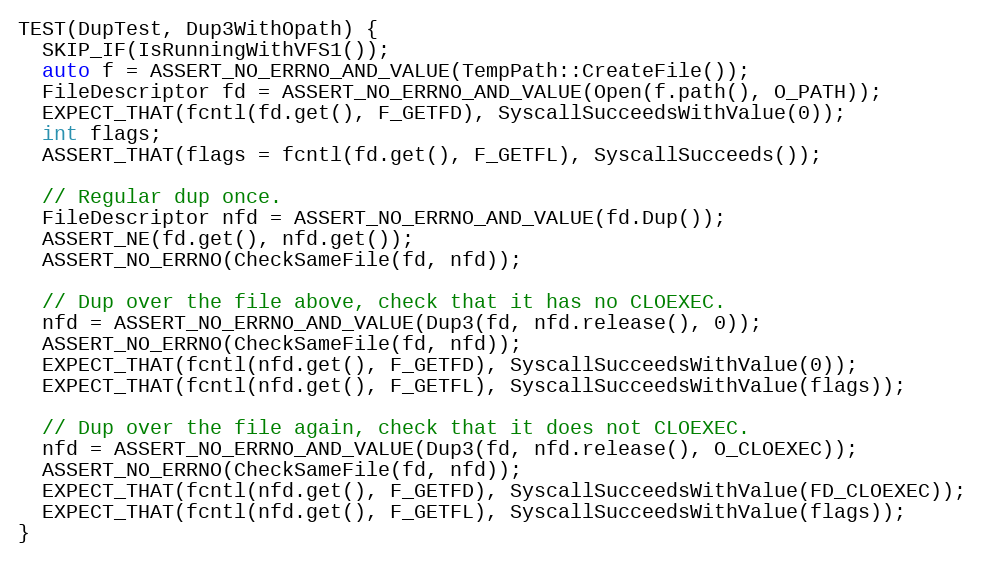
Language: C++
TEST(DupTest, Dup3WithOpath) {
  SKIP_IF(IsRunningWithVFS1());
  auto f = ASSERT_NO_ERRNO_AND_VALUE(TempPath::CreateFile());
  FileDescriptor fd = ASSERT_NO_ERRNO_AND_VALUE(Open(f.path(), O_PATH));
  EXPECT_THAT(fcntl(fd.get(), F_GETFD), SyscallSucceedsWithValue(0));
  int flags;
  ASSERT_THAT(flags = fcntl(fd.get(), F_GETFL), SyscallSucceeds());

  // Regular dup once.
  FileDescriptor nfd = ASSERT_NO_ERRNO_AND_VALUE(fd.Dup());
  ASSERT_NE(fd.get(), nfd.get());
  ASSERT_NO_ERRNO(CheckSameFile(fd, nfd));

  // Dup over the file above, check that it has no CLOEXEC.
  nfd = ASSERT_NO_ERRNO_AND_VALUE(Dup3(fd, nfd.release(), 0));
  ASSERT_NO_ERRNO(CheckSameFile(fd, nfd));
  EXPECT_THAT(fcntl(nfd.get(), F_GETFD), SyscallSucceedsWithValue(0));
  EXPECT_THAT(fcntl(nfd.get(), F_GETFL), SyscallSucceedsWithValue(flags));

  // Dup over the file again, check that it does not CLOEXEC.
  nfd = ASSERT_NO_ERRNO_AND_VALUE(Dup3(fd, nfd.release(), O_CLOEXEC));
  ASSERT_NO_ERRNO(CheckSameFile(fd, nfd));
  EXPECT_THAT(fcntl(nfd.get(), F_GETFD), SyscallSucceedsWithValue(FD_CLOEXEC));
  EXPECT_THAT(fcntl(nfd.get(), F_GETFL), SyscallSucceedsWithValue(flags));
}